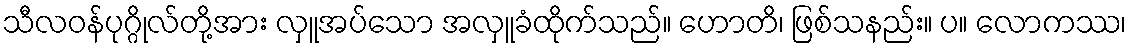
သီလဝန်ပုဂ္ဂိုလ်တို့အား လှူအပ်သော အလှူခံထိုက်သည်။ ဟောတိ၊ ဖြစ်သနည်း။ ပ။ လောကဿ၊